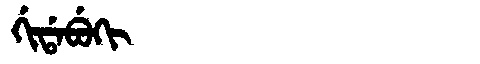
Manchu: ᡤᡳᡩᠠᠪᡠᡴᡳ
Romanization: GIDABUKI